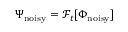
\Psi _ { \mathrm { n o i s y } } = \mathcal { F } _ { t } [ \Phi _ { \mathrm { n o i s y } } ]